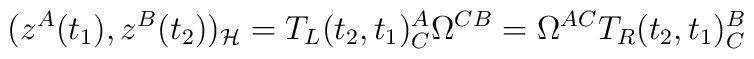
(z^A(t_1),z^B(t_2))_{\cal H} = T_L(t_2,t_1)^A_C\Omega^{CB} = \Omega^{AC} T_R(t_2,t_1)^B_C